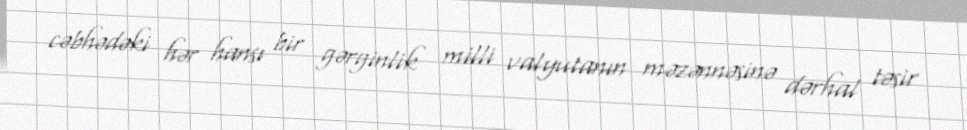
cəbhədəki hər hansı bir gərginlik milli valyutanın məzənnəsinə dərhal təsir